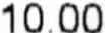
10.00